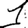
Digit: 1